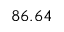
8 6 . 6 4